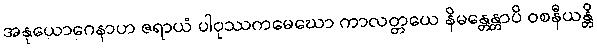
အနုယောဂေနာဟ ဇရာယံ ပါဝုဿကမေဃော ကာလတ္တယေ နိမန္တေန္တာပိ ဝစနီယန္တိ